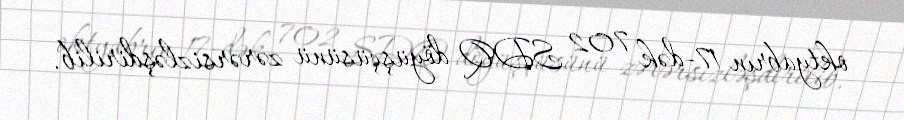
oktyabrın 17-dək 702 SDQ döyüşçüsünü zərərsizləşdirilib.